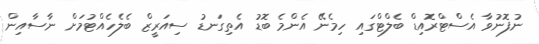
ނުފޮނުވާ އެސްޓްރޮއިޑް ބެލްޓްގައި ހިމެނޭ އެންމެ ބޮޑު އެތިގަނޑު ސިއަރީޒް ބެލެހެއްޓުމަށް ނާސާއިން